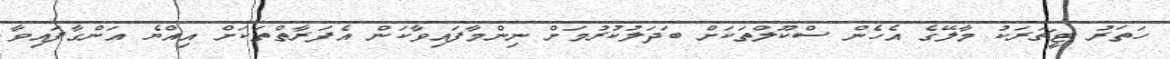
ހަތަރު ޓީޗަރަކު މާލޭގެ އެހެން ސްކޫލްތަކަށް ބަދަލުކުރުމަށް ނިންމާފައިވާކަން އެފަރާތްތަކަށް އިއްޔެ އަންގާފައިވާ